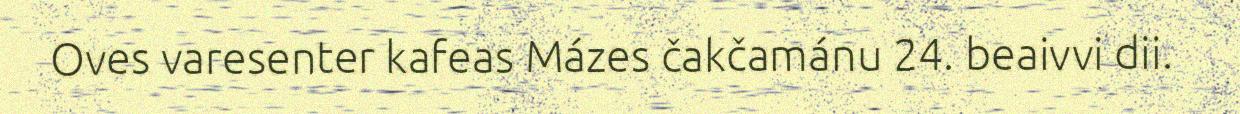
Oves varesenter kafeas Mázes čakčamánu 24. beaivvi dii.